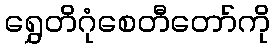
ရွှေတိဂုံစေတီတော်ကို